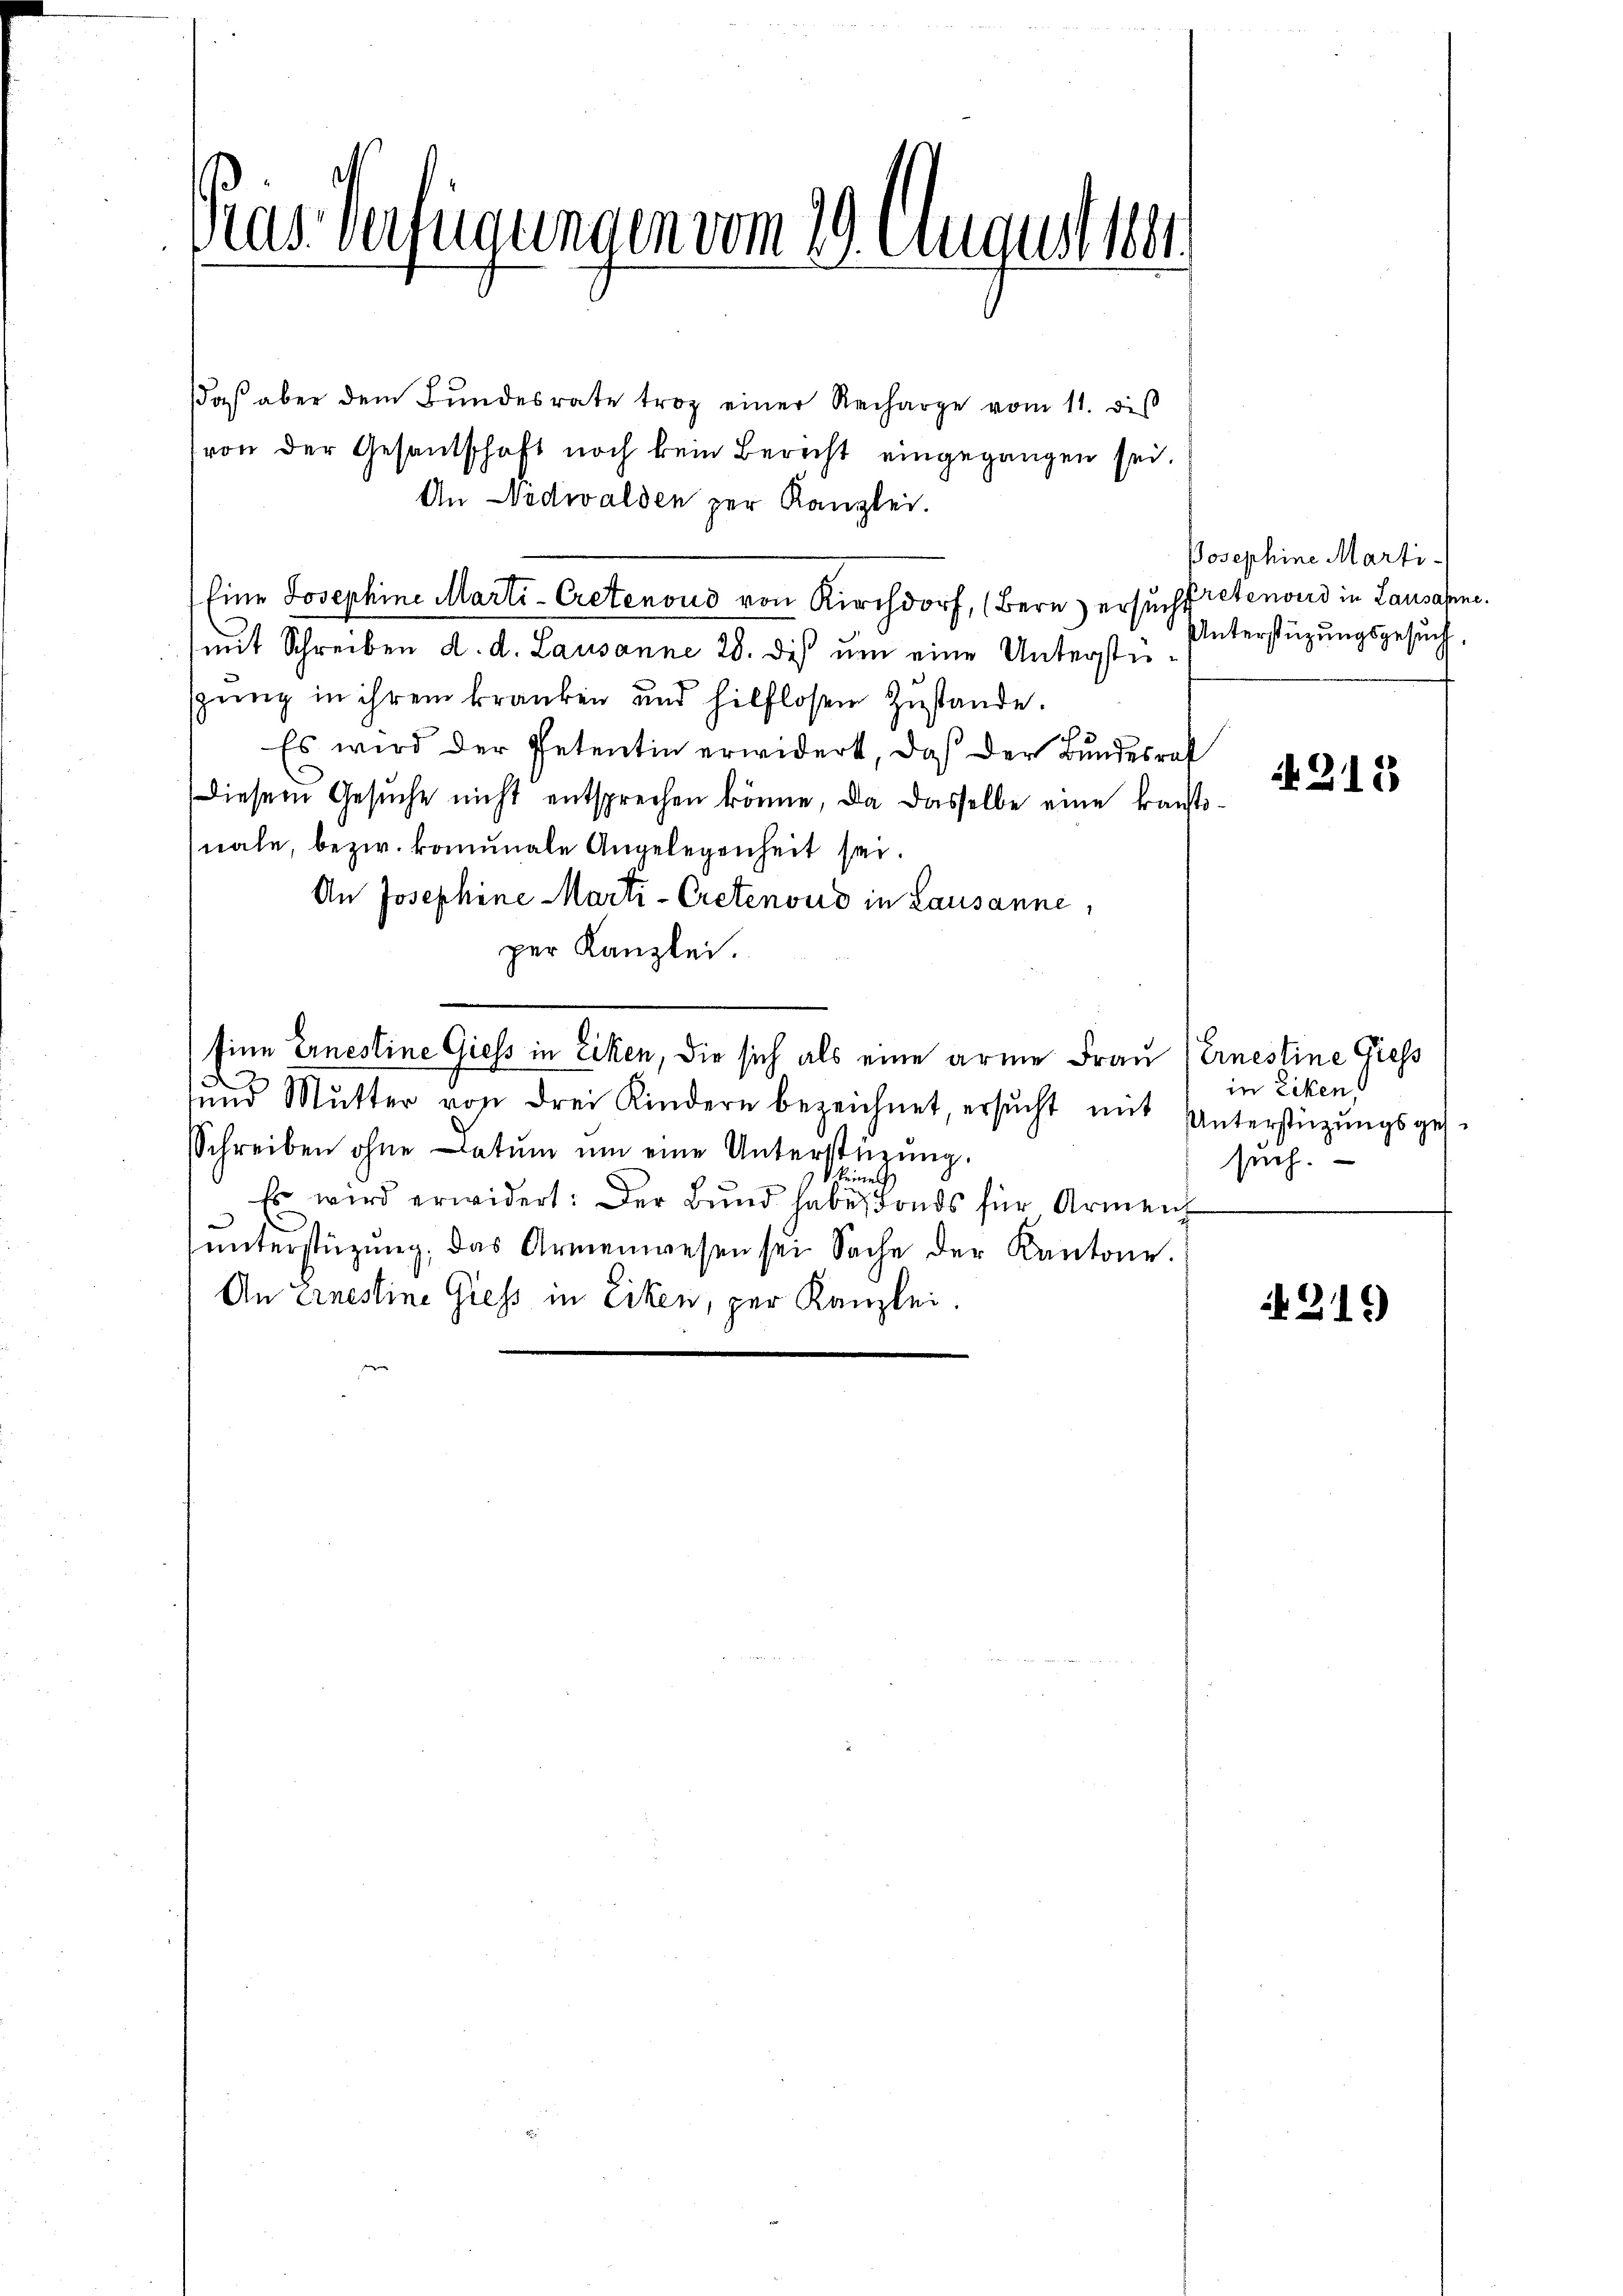
Das Verfügungen vom 19. August 1864

aβ aber dem Bŭndesrate troz einer Recharge vom 11. dis
von der Gesandschaft noch kein Bericht eingegangen sei.
An Nidwalden zur Kanzlei.
Eine Josephine Marti-Cretenoud von Kirchdorf, (Bern ersucht reten wird in Lausanne.
mit Schreiben d. d. Lausanne 28. des um eine Unterstüspung in ihrem kranken und hilflosen Zustande.
Es wird der Petentin erwidert, daß der Bundesrat
Diesem Gesŭche nicht entsprechen könne, da dasselbe eine konstinale, bezw. komunale Angelegenheit sei.
An Josephine Marti-Cretenoud in Lausanne,
per Kanzlei.
Eine Ernestine Giess in Eiken, die sich als eine arme Frau Ernestine Giess
.
ŭnd Mutter von drei Kindern bezeichnet, ersŭcht mit Unterstützŭngsges.
Schreiben ohne Datum um eine Unterstüzung.
keines
Es wird erwidert: Der Bŭnd habe Fonds für Armen
ŭnterstützŭng, das Armenwesen sei Sache der Kantone.
An Arnestine Giess in Erken, per Kanzlei.

Josephine Marti-
Unterstüzungsgesuch

N 215

in Ecken
such.

215)